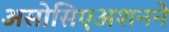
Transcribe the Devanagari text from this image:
असोसिएअशनने